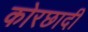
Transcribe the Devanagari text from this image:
कोरछादी